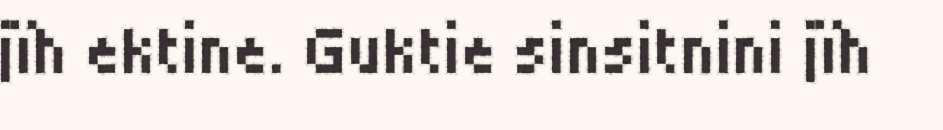
jïh ektine. Guktie sinsitnini jïh